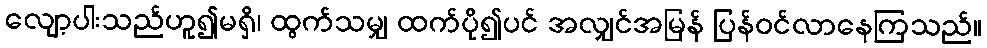
လျော့ပါးသည်ဟူ၍မရှိ၊ ထွက်သမျှ ထက်ပို၍ပင် အလျှင်အမြန် ပြန်ဝင်လာနေကြသည်။